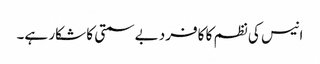
انیس کی نظم کا کافرد بے سمتی کا شکار ہے۔